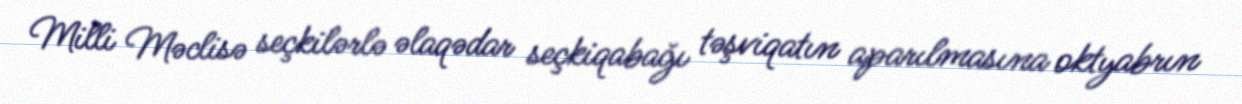
Milli Məclisə seçkilərlə əlaqədar seçkiqabağı təşviqatın aparılmasına oktyabrın